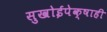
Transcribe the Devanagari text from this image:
सुखोईपेक्षाही